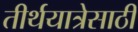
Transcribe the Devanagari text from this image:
तीर्थयात्रेसाठी